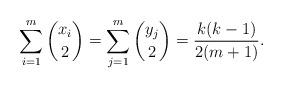
LaTeX: \begin{align*}\sum_{i=1}^m \binom{x_i}{2}=\sum_{j=1}^m \binom{y_j}{2}=\frac{k(k-1)}{2(m+1)}.\end{align*}